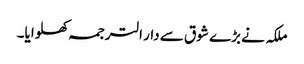
ملکہ نے بڑے شوق سے دار الترجمہ کھلوایا۔